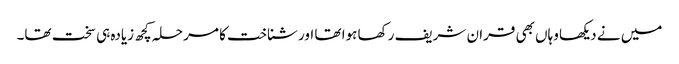
میں نے دیکھا وہاں بھی قران شریف رکھا ہوا تھا اور شناخت کا مرحلہ کچھ زیادہ ہی سخت تھا۔